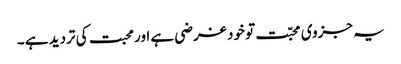
یہ جزوی محبّت تو خود غرضی ہے اور محبت کی تردید ہے ۔